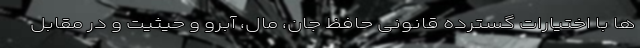
ها با اختیارات گسترده قانونی حافظ جان، مال، آبرو و حیثیت و در مقابل